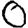
Digit: 0